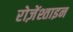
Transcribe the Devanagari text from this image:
रोज़ेंश्ताइन